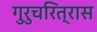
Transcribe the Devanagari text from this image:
गुरुचरित्रास